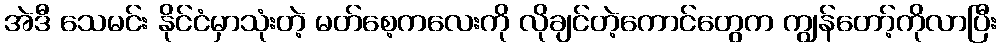
အဲဒီ သေမင်း နိုင်ငံမှာသုံးတဲ့ မတ်စေ့ကလေးကို လိုချင်တဲ့ကောင်တွေက ကျွန်တော့်ကိုလာပြီး